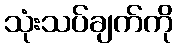
သုံးသပ်ချက်ကို